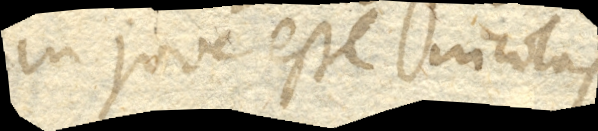
in Jove esse incolas.